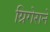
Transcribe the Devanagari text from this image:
ग्रिगेराने